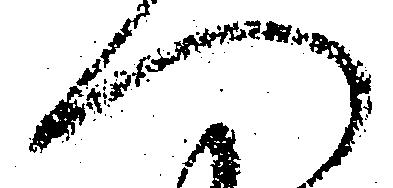
へ